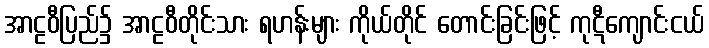
အာဠဝီပြည်၌ အာဠဝီတိုင်းသား ရဟန်းများ ကိုယ်တိုင် တောင်းခြင်းဖြင့် ကုဋီကျောင်းငယ်